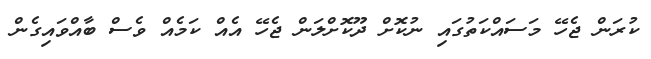
ކުރަން ޖެހޭ މަސައްކަތުގައި ނުކޮށް ދޫކޮށްލަން ޖެހޭ އެއް ކަމެއް ވެސް ބާއްވައިގެން